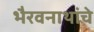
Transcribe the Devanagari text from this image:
भैरवनाथांचे